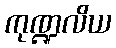
ကုဏ္ဍလိယ